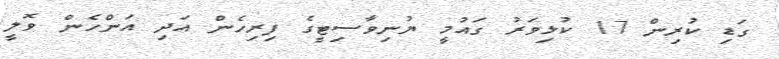
ގަޑި ކުރިން 17 ކުޅިވަރު ގައުމީ ޔުނިވާސިޓީގެ ފިރިހެން އަދި އަންހެން ވޮލީ